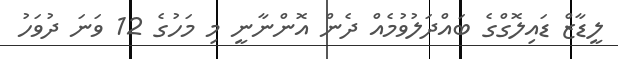
ލީޑާޒް ޑައިލޮގްގެ ބައްދަލުވުމެއް ދެން އޮންނާނީ މި މަހުގެ 12 ވަނަ ދުވަހު